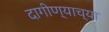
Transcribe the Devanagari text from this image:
दागीण्याच्या